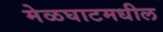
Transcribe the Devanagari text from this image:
मेळघाटमधील